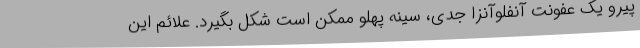
پیرو یک عفونت آنفلوآنزا جدی، سینه پهلو ممکن است شکل بگیرد. علائم این